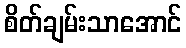
စိတ်ချမ်းသာအောင်